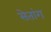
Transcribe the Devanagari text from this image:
सेतांग